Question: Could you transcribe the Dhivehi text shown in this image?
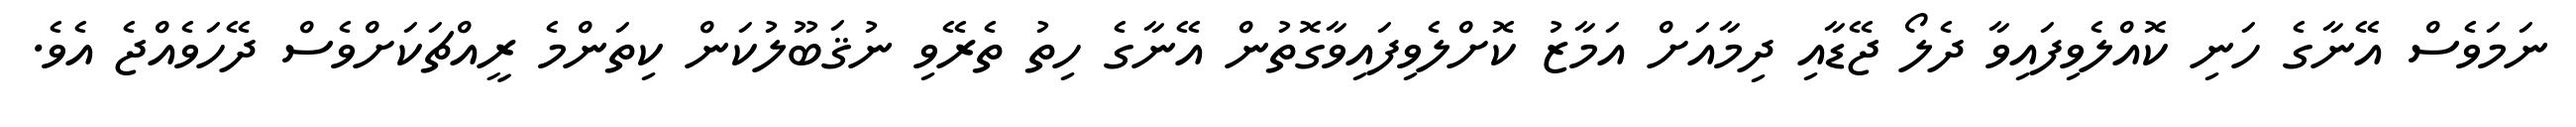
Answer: ނަމަވެސް އޭނާގެ ހަނި ކޮއްލެވިފައިވާ ދެލޯ ޖޭޑާއި ދިމާއަށް އަމާޒު ކޮށްލެވިފައިވާގޮތުން އޭނާގެ ހިތު ތެރޭވި ނުޤަބޫލުކަން ކިތަންމެ ރީއްޗަކަށްވެސް ދޭހަވެއްޖެ އެވެ.